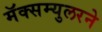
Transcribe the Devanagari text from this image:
मॅक्सम्युलरने